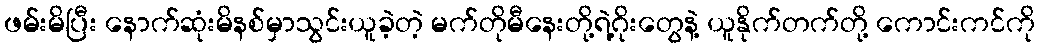
ဖမ်းမိပြီး နောက်ဆုံးမိနစ်မှာသွင်းယူခဲ့တဲ့ မက်တိုမီနေးတို့ရဲ့ဂိုးတွေနဲ့ ယူနိုက်တက်တို့ ကောင်းကင်ကို